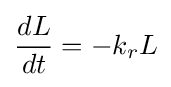
{\frac {dL}{dt}}=-k_{r}L